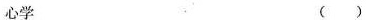
心学 ()